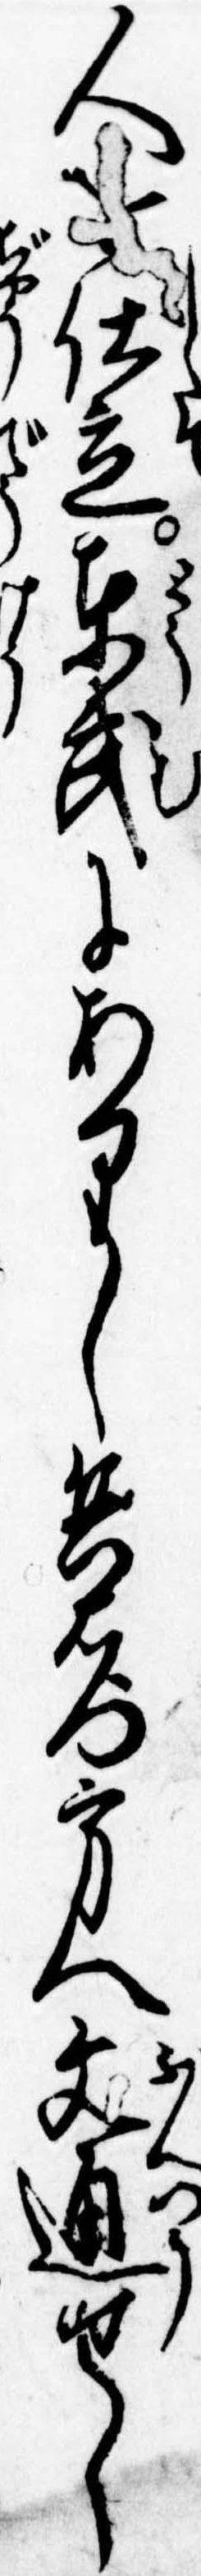
人仕立東武にありし兵右門方へ文通せし